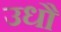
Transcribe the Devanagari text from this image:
उधौ